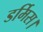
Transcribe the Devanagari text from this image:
डर्मिस।